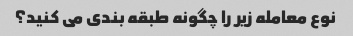
نوع معامله زیر را چگونه طبقه بندی می کنید؟